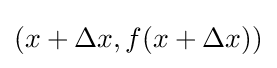
(x+\Delta x,f(x+\Delta x))